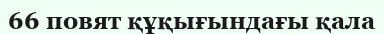
66 повят құқығындағы қала